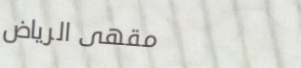
مقهى الرياض